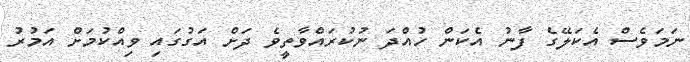
ނަމަވެސް އެކަލޭގެ ފާނު އެކަން ހުއްދަ ނުކުރައްވާތީވެ ދަށް އަގުގައި ވިއްކުމަށް އަމުރު